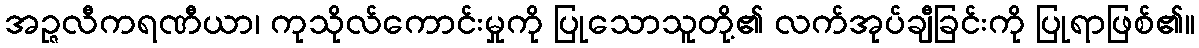
အဉ္ဇလီကရဏီယာ၊ ကုသိုလ်ကောင်းမှုကို ပြုသောသူတို့၏ လက်အုပ်ချီခြင်းကို ပြုရာဖြစ်၏။